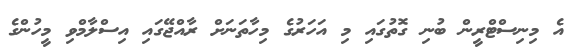
އެ މިނިސްޓްރީން ބުނި ގޮތުގައި މި އަހަރުގެ މިހާތަނަށް ރާއްޖޭގައި އިސްލާމްވި މީހުންގެ